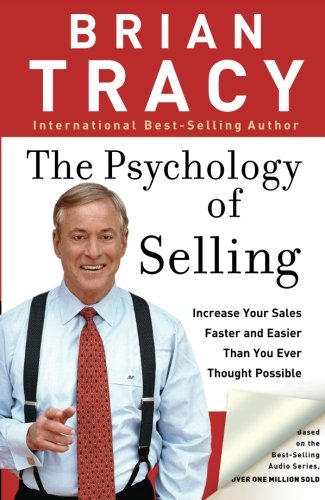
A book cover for The Psychology of Selling: Increase Your Sales Faster and Easier Than You Ever Thought Possible; Brian Tracy; Business & Money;